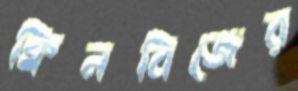
ক্বিনবিজের